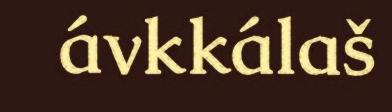
ávkkálaš